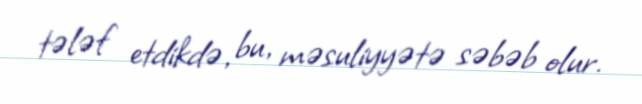
tələf etdikdə, bu, məsuliyyətə səbəb olur.